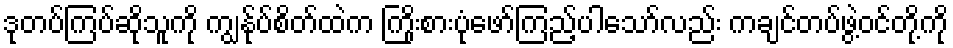
ဒုတပ်ကြပ်ဆိုသူကို ကျွန်ုပ်စိတ်ထဲက ကြိုးစားပုံဖော်ကြည့်ပါသော်လည်း ကချင်တပ်ဖွဲ့ဝင်တို့ကို